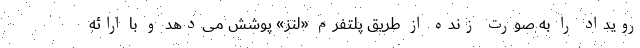
رویداد را به صورت زنده از طریق پلتفرم «لنز» پوشش می‌دهد و با ارائه